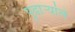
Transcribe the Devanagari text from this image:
पुढाऱ्यांचे